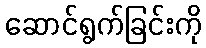
ဆောင်ရွက်ခြင်းကို